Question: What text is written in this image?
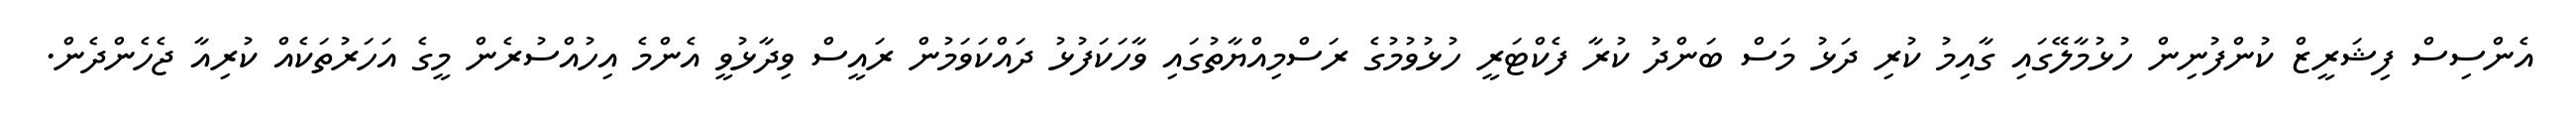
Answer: އެންސިސް ފިޝަރީޒް ކުންފުނިން ހުޅުމާލޭގައި ގާއިމު ކުރި ދަޅު މަސް ބަންދު ކުރާ ފެކްޓަރީ ހުޅުވުމުގެ ރަސްމިއްޔާތުގައި ވާހަކަފުޅު ދައްކަވަމުން ރައީސް ވިދާޅުވީ އެންމެ އިހުއްސުރެން މީގެ އަހަރުތަކެއް ކުރިއާ ޖެހެންދެން.